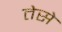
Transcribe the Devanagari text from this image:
तेसे